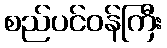
စည်ပင်ဝန်ကြီး